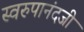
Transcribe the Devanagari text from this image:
स्वरुपानंदजी